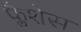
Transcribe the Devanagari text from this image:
फ्लैशेस